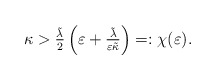
\begin{align*}\kappa > \tfrac{\tilde{\lambda}}{2} \left(\varepsilon + \tfrac{\tilde{\lambda}}{\varepsilon \tilde{\kappa}}\right) =: \chi(\varepsilon). \end{align*}